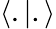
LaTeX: \langle.|.\rangle